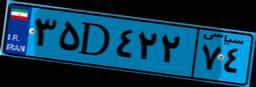
۳۵D۴۲۲۷۴